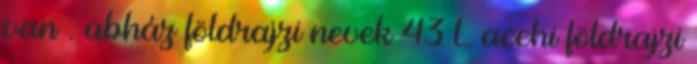
van . abház földrajzi nevek‎ 43 L acehi földrajzi